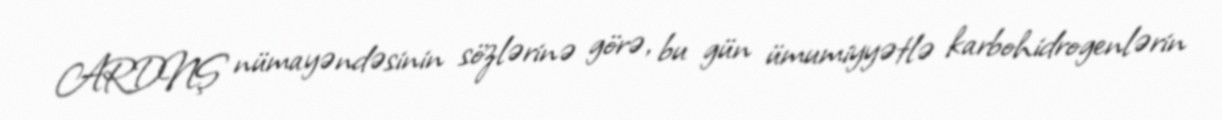
ARDNŞ nümayəndəsinin sözlərinə görə, bu gün ümumiyyətlə karbohidrogenlərin